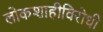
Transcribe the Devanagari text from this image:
लोकशाहीविरोधी